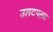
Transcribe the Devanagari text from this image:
उलटपलट